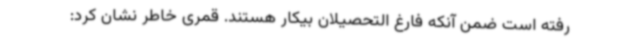
رفته است ضمن آنکه فارغ التحصیلان بیکار هستند. قمری خاطر نشان کرد: